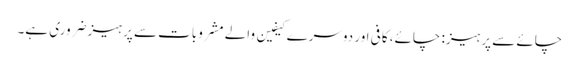
چائے سے پرہیز: چائے، کافی اور دوسرے کیفین والے مشروبات سے پرہیز ضروری ہے۔